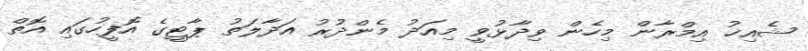
ޝެއިޚު އިމްރާން މިހެން ވިދާޅުވީ މިއަދު މެންދުރު އަދާލަތު ޕާޓީގެ އޮފީހުގައި އޮތް